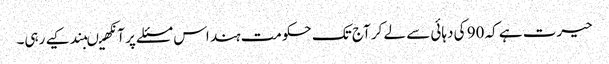
حیرت ہے کہ 90 کی دہائی سے لے کر آج تک حکومت ہند اس مسئلے پر آنکھیںبند کیے رہی۔